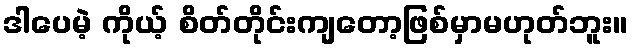
ဒါပေမဲ့ ကိုယ့် စိတ်တိုင်းကျတော့ဖြစ်မှာမဟုတ်ဘူး။